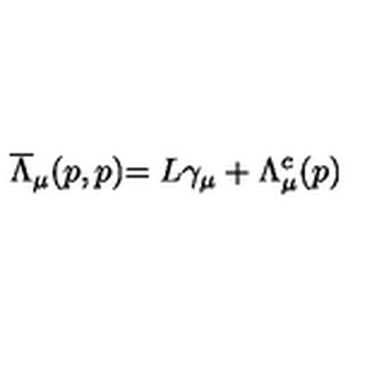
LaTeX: \stackrel { } { \overline { { \Lambda } } _ { \mu } ( p , p ) } = L \gamma _ { \mu } + \Lambda _ { \mu } ^ { c } ( p )